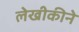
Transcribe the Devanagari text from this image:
लेखीकीने